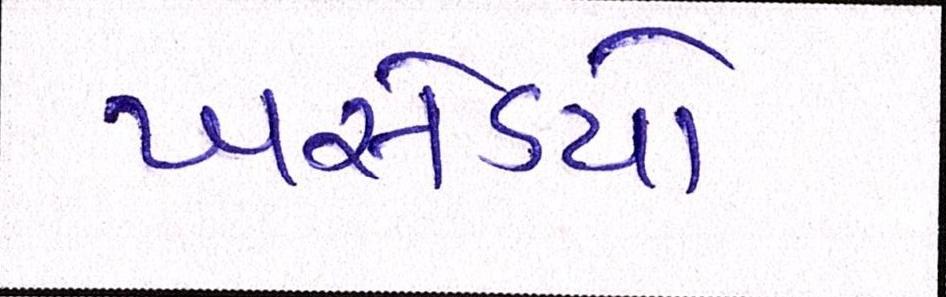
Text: ખસેડયો